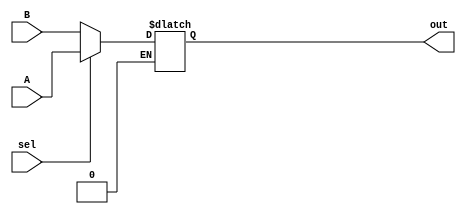
`timescale 1ns/1ps
module mux2_2(
	input [31:0]A,
	input [31:0]B,
	input sel,
	output reg [31:0]out
);



always @(*)
begin
	if(sel == 1)
	begin
		out = A;
	end 
	else if (sel == 0) 
	begin
		out = B;
	end
end

endmodule